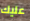
عليك